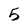
Character: 5